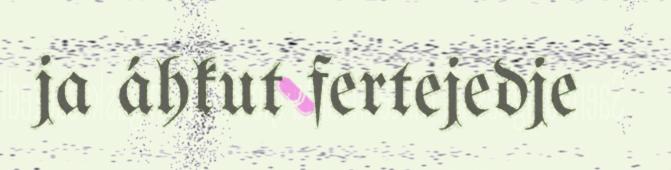
ja áhkut fertejedje